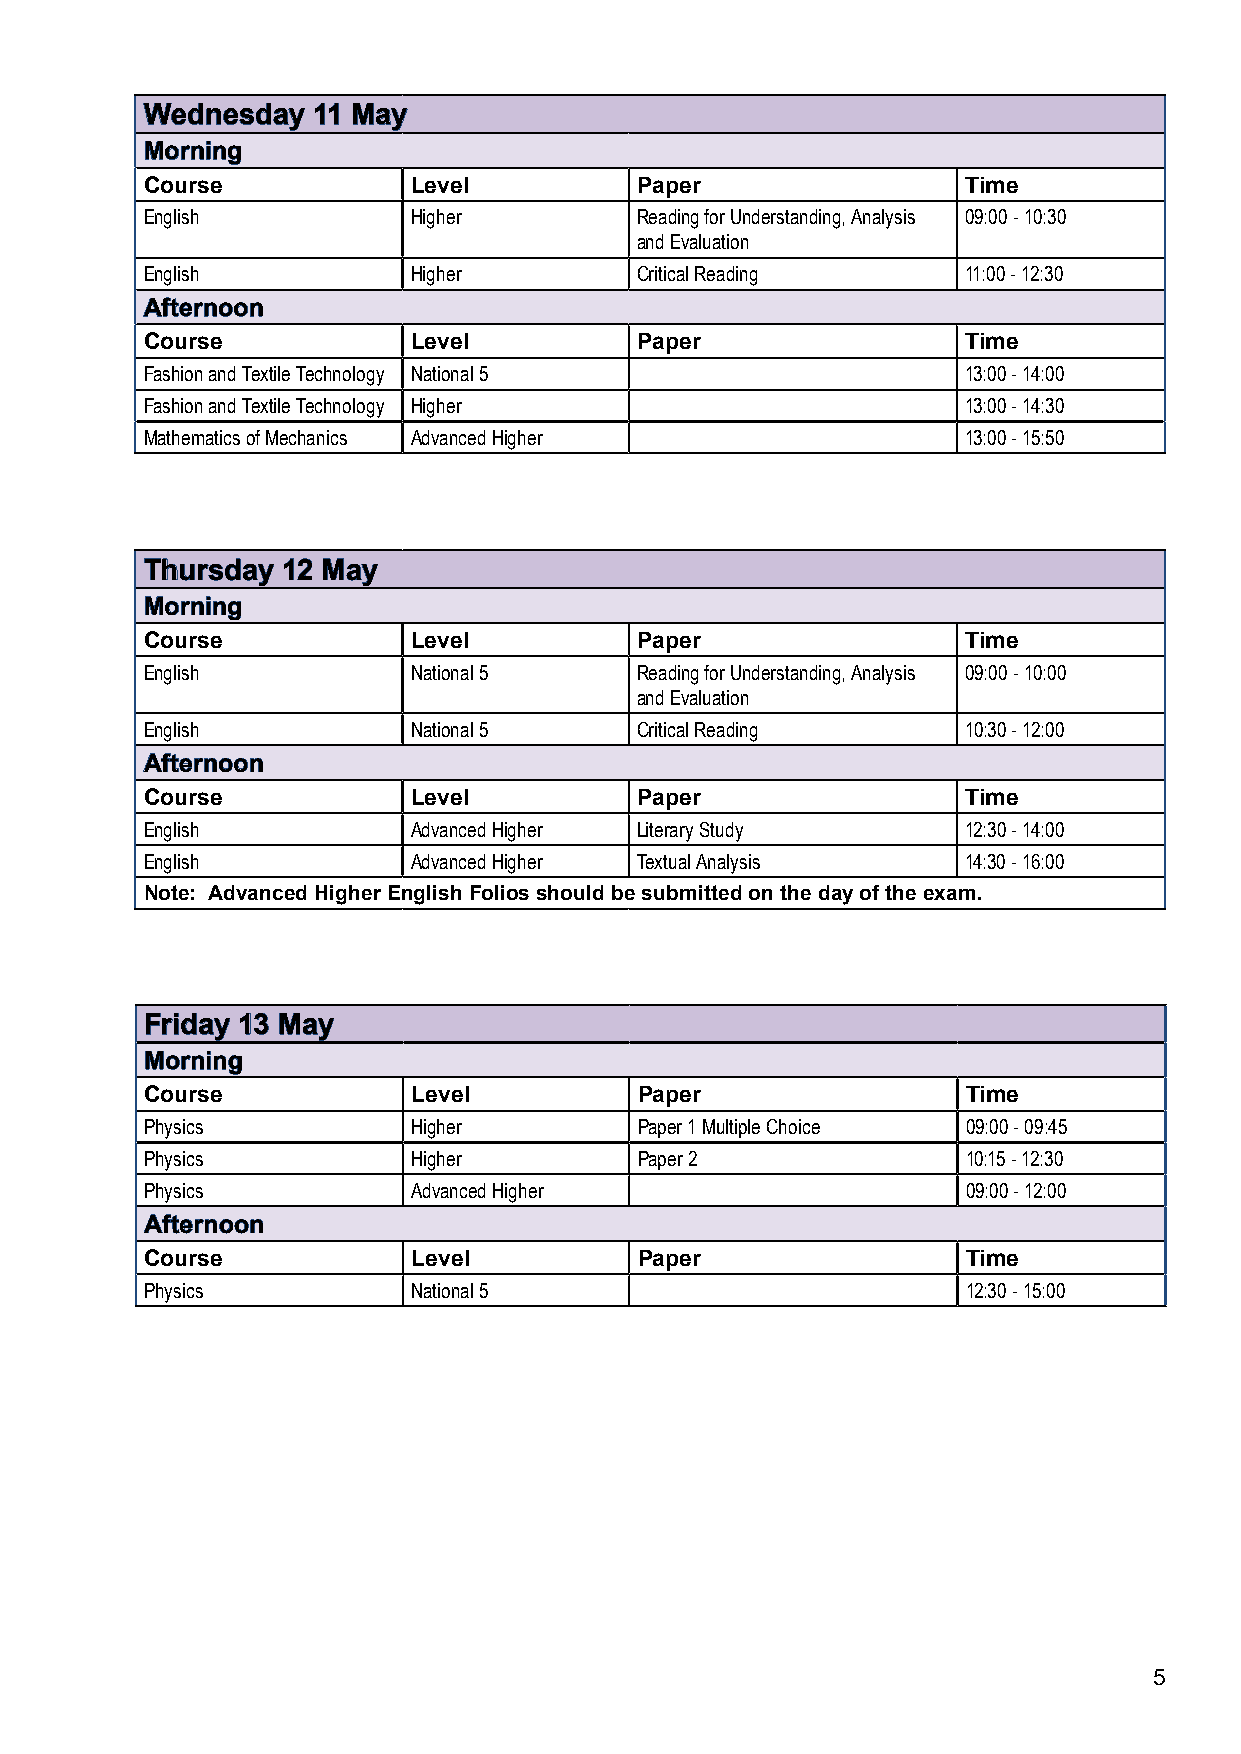
WWeeddnneessddaayy 1111 MMaayy
 MMoorrnniinngg
 Course            Level          Paper                 Time
 English           Higher         Reading for Understanding, Analysis 09:00 - 10:30
 and Evaluation
 English           Higher         Critical Reading      11:00 - 12:30
 AAfftteerrnnoooonn
 Course            Level          Paper                 Time
 Fashion and Textile Technology National 5              13:00 - 14:00
 Fashion and Textile Technology Higher                  13:00 - 14:30
 Mathematics of Mechanics Advanced Higher               13:00 - 15:50
 TThhuurrssddaayy 1122 MMaayy
 MMoorrnniinngg
 Course            Level          Paper                 Time
 English           National 5     Reading for Understanding, Analysis 09:00 - 10:00
 and Evaluation
 English           National 5     Critical Reading      10:30 - 12:00
 AAfftteerrnnoooonn
 Course            Level          Paper                 Time
 English           Advanced Higher Literary Study       12:30 - 14:00
 English           Advanced Higher Textual Analysis     14:30 - 16:00
 Note: Advanced Higher English Folios should be submitted on the day of the exam.
 FFrriiddaayy 1133 MMaayy
 MMoorrnniinngg
 Course           Level          Paper                 Time
 Physics          Higher         Paper 1 Multiple Choice 09:00 - 09:45
 Physics          Higher         Paper 2               10:15 - 12:30
 Physics          Advanced Higher                      09:00 - 12:00
 AAfftteerrnnoooonn
 Course           Level          Paper                 Time
 Physics          National 5                           12:30 - 15:00
 5